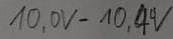
Text: 10,0V-19,4V